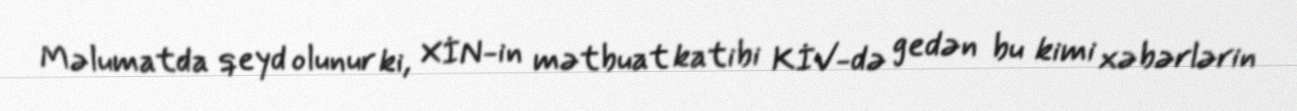
Məlumatda qeyd olunur ki, XİN-in mətbuat katibi KİV-də gedən bu kimi xəbərlərin